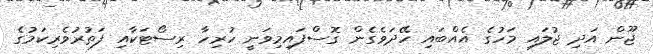
ޖޫން އަދި ޖުލައި މަހުގެ އެއްބައި ހޭދަވެގެން ގޮސްފައިމިވަނީ ހުރިހާ ރިސޯޓަކާއި ފަތުރުވެރިކަމުގެ